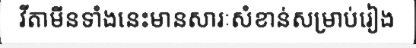
វីតាមីនទាំងនេះមានសារៈសំខាន់សម្រាប់រៀង